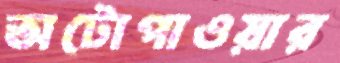
অটোপাওয়ার